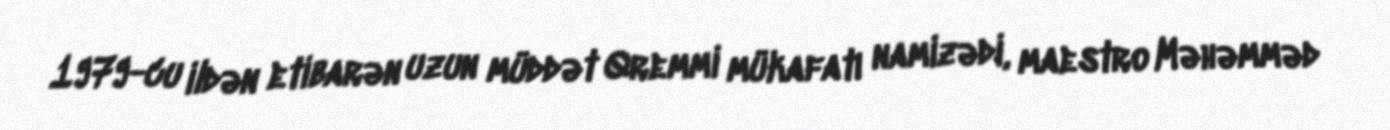
1979-cu ildən etibarən uzun müddət Qremmi mükafatı namizədi, maestro Məhəmməd